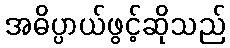
အဓိပ္ပာယ်ဖွင့်ဆိုသည်